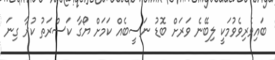
ބައިވެރިވެވުމަކީ ލިބޭނެ ވަރަށް ބޮޑު ނަސީބެއް ކަމަށް ޔޯގާ ކަސްރަތު ކުރާ ގިނަ